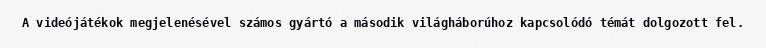
A videójátékok megjelenésével számos gyártó a második világháborúhoz kapcsolódó témát dolgozott fel.